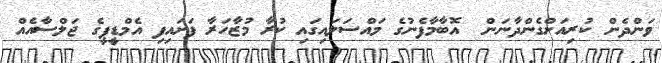
ވަންދެން ކުރިއަށްގެންދާނަން  އޮބާމާފެނުގެ މައްސަލައިގައި ކުރާ މުޒާހަރާ ފަށައިފި އެމްޑީޕީގެ ޖަލްސާއެއް